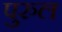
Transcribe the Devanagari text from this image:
पुरुल